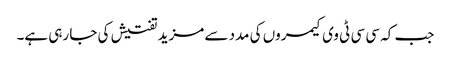
جب کہ سی سی ٹی وی کیمروں کی مدد سے مزید تفتیش کی جا رہی ہے۔